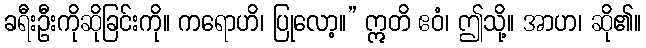
ခရီးဦးကိုဆိုခြင်းကို။ ကရောဟိ၊ ပြုလော့။” ဣတိ ဧဝံ၊ ဤသို့။ အာဟ၊ ဆို၏။